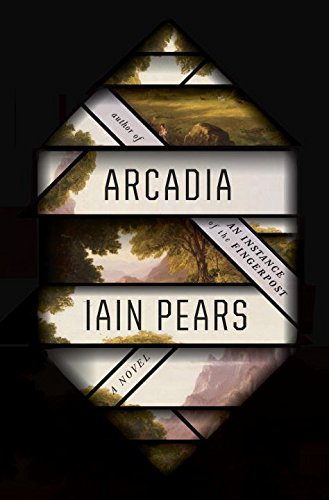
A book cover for Arcadia: A novel; Iain Pears; Science Fiction & Fantasy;